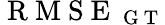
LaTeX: \mathrm{~R~M~S~E~}_{\mathrm{~G~T~}}